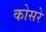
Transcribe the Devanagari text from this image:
कोसरे